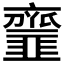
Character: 𩐐